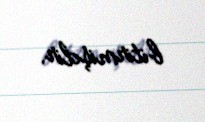
bitirmişdir.